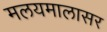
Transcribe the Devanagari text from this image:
मलयमालासर